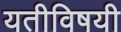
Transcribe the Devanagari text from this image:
यतीविषयी